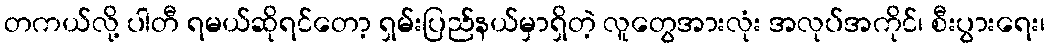
တကယ်လို့ ပါတီ ရမယ်ဆိုရင်တော့ ရှမ်းပြည်နယ်မှာရှိတဲ့ လူတွေအားလုံး အလုပ်အကိုင်၊ စီးပွားရေး၊